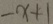
- x + 1